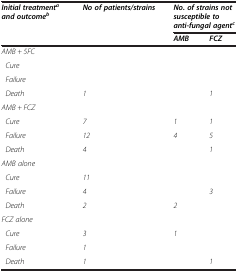
| <ROWSPAN=2> Initial treatmentaand outcomeb | <ROWSPAN=2> No of patients/strains | <COLSPAN=2> No. of strains not susceptible to anti-fungal agentc |
 | AMB | FCZ |
 | --- | --- | --- | --- |
 | <COLSPAN=4> AMB + 5FC |
 | Cure |  |  |  |
 | Failure |  |  |  |
 | Death | 1 |  | 1 |
 | <COLSPAN=4> AMB + FCZ |
 | Cure | 7 | 1 | 1 |
 | Failure | 12 | 4 | 5 |
 | Death | 4 |  | 1 |
 | <COLSPAN=4> AMB alone |
 | Cure | 11 |  |  |
 | Failure | 4 |  | 3 |
 | Death | 2 | 2 |  |
 | <COLSPAN=4> FCZ alone |
 | Cure | 3 | 1 |  |
 | Failure | 1 |  |  |
 | Death | 1 |  | 1 |